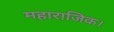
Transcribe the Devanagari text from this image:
महाराजिक।